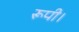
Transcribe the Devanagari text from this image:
रूपी।